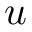
u